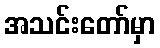
အသင်းတော်မှာ